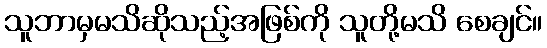
သူဘာမှမသိဆိုသည့်အဖြစ်ကို သူတို့မသိ စေချင်။